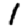
Digit: 1